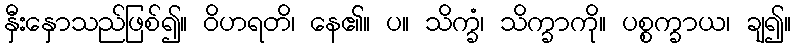
နှီးနှောသည်ဖြစ်၍။ ဝိဟရတိ၊ နေ၏။ ပ။ သိက္ခံ၊ သိက္ခာကို။ ပစ္စက္ခာယ၊ ချ၍။